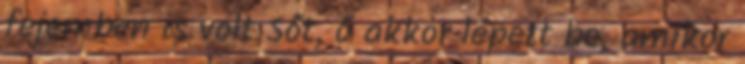
fejemben is volt Sőt, ő akkor lépett be, amikor